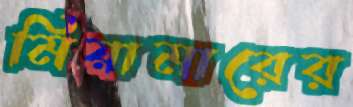
মিয়ামারের